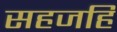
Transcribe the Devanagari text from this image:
सहजहि